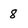
Character: 8